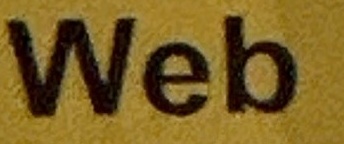
Web